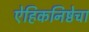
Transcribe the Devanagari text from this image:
ऐहिकनिष्ठेचा